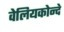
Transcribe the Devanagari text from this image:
वेलियकोन्दे